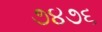
૭૪૭૬